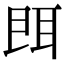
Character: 𦕁